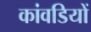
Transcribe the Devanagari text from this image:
कांवडियों